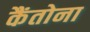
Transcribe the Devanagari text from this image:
कैंतोना